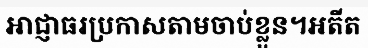
អាជ្ញាធរប្រកាសតាមចាប់ខ្លួន។អតីត